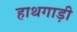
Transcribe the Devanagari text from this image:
हाथगाड़ी